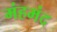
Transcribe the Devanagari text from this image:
मंहमंद